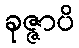
ခုဇ္ဇာပိ